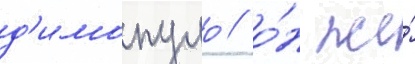
д'имопуло / о́н же́